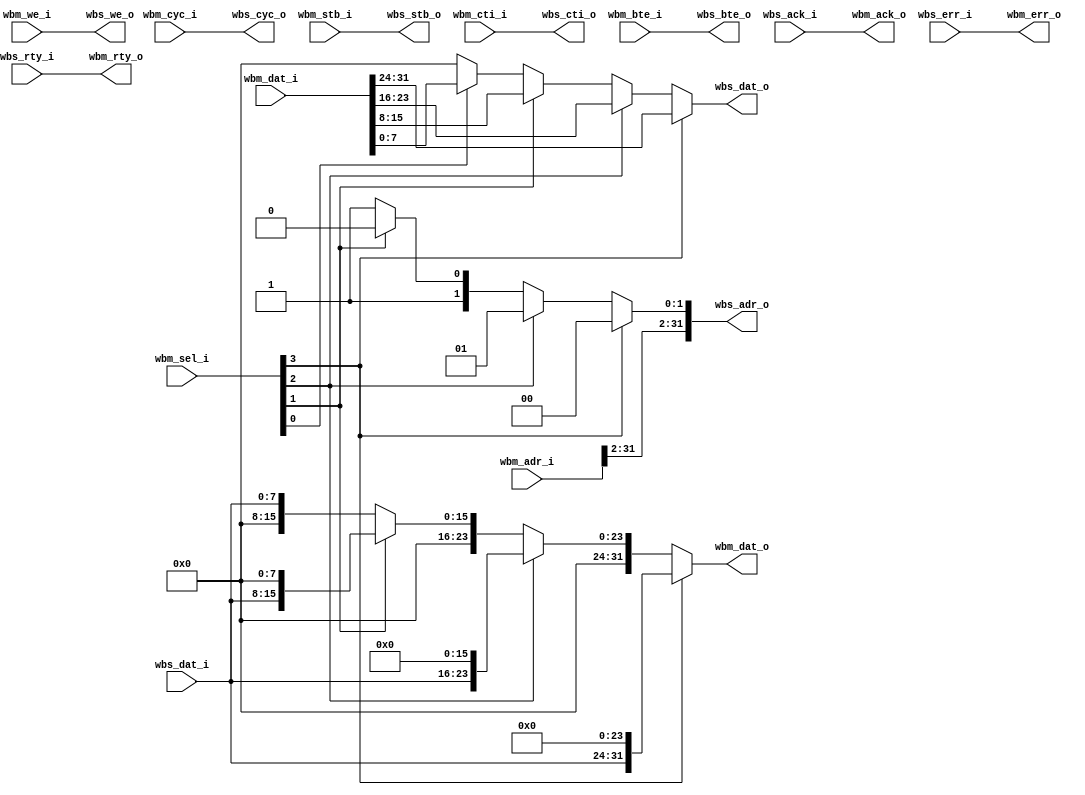
module wb_data_resize
  #(parameter aw  = 32, //Address width
    parameter mdw = 32, //Master Data Width
    parameter sdw = 8, //Slave Data Width
    parameter [47:0] endian = "big") // Endian for byte reads/writes
   (//Wishbone Master interface
    input   [aw-1:0]    wbm_adr_i,
    input   [mdw-1:0]   wbm_dat_i,
    input   [3:0]       wbm_sel_i,
    input               wbm_we_i,
    input               wbm_cyc_i,
    input               wbm_stb_i,
    input   [2:0]       wbm_cti_i,
    input   [1:0]       wbm_bte_i,
    output  [mdw-1:0]   wbm_dat_o,
    output              wbm_ack_o,
    output              wbm_err_o,
    output              wbm_rty_o,
    // Wishbone Slave interface
    output  [aw-1:0]    wbs_adr_o,
    output  [sdw-1:0]   wbs_dat_o,
    output              wbs_we_o,
    output              wbs_cyc_o,
    output              wbs_stb_o,
    output  [2:0]       wbs_cti_o,
    output  [1:0]       wbs_bte_o,
    input   [sdw-1:0]   wbs_dat_i,
    input               wbs_ack_i,
    input               wbs_err_i,
    input               wbs_rty_i);

   assign wbs_adr_o[aw-1:2] = wbm_adr_i[aw-1:2];

   generate if (endian == "little") begin : le_resize_gen
      assign wbs_adr_o[1:0] = wbm_sel_i[3] ? 2'd3 :
                              wbm_sel_i[2] ? 2'd2 :
                              wbm_sel_i[1] ? 2'd1 : 2'd0;
   end else begin : be_resize_gen
      assign wbs_adr_o[1:0] = wbm_sel_i[3] ? 2'd0 :
                              wbm_sel_i[2] ? 2'd1 :
                              wbm_sel_i[1] ? 2'd2 : 2'd3;
   end endgenerate

   assign wbs_dat_o = wbm_sel_i[3] ? wbm_dat_i[31:24] :
                      wbm_sel_i[2] ? wbm_dat_i[23:16] :
                      wbm_sel_i[1] ? wbm_dat_i[15:8]  :
                      wbm_sel_i[0] ? wbm_dat_i[7:0]   : 8'b0;

   assign wbs_we_o  = wbm_we_i;

   assign wbs_cyc_o = wbm_cyc_i;
   assign wbs_stb_o = wbm_stb_i;

   assign wbs_cti_o = wbm_cti_i;
   assign wbs_bte_o = wbm_bte_i;

   assign wbm_dat_o = (wbm_sel_i[3]) ? {wbs_dat_i, 24'd0} :
                      (wbm_sel_i[2]) ? {8'd0 , wbs_dat_i, 16'd0} :
                      (wbm_sel_i[1]) ? {16'd0, wbs_dat_i, 8'd0} :
                                       {24'd0, wbs_dat_i};
   assign wbm_ack_o = wbs_ack_i;
   assign wbm_err_o = wbs_err_i;
   assign wbm_rty_o = wbs_rty_i;

endmodule